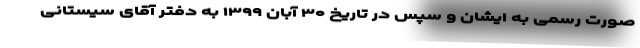
صورت رسمی به ایشان و سپس در تاریخ ۳۰ آبان ۱۳۹۹ به دفتر آقای سیستانی